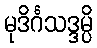
မုဒိင်္ဂသဒ္ဒမ္ပိ